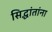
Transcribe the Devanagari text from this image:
सिद्धांतांना